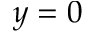
y = 0